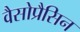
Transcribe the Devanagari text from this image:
वैसोप्रैसिन